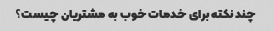
چند نکته برای خدمات خوب به مشتریان چیست؟